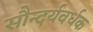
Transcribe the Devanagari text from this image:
सौन्दर्यवर्धक